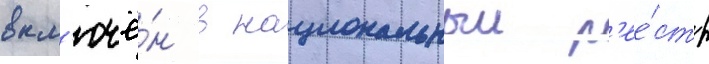
вкл'ючё́н в национальныи р'ее́стр